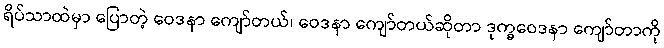
ရိပ်သာထဲမှာ ပြောတဲ့ ဝေဒနာ ကျော်တယ်၊ ဝေဒနာ ကျော်တယ်ဆိုတာ ဒုက္ခဝေဒနာ ကျော်တာကို